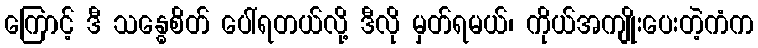
ကြောင့် ဒီ သန္ဓေစိတ် ပေါ်ရတယ်လို့ ဒီလို မှတ်ရမယ်၊ ကိုယ်အကျိုးပေးတဲ့ကံက